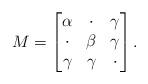
LaTeX: \begin{align*}M = \left[ \begin{matrix}\alpha & \cdot & \gamma \\\cdot & \beta & \gamma \\\gamma & \gamma & \cdot\end{matrix} \right]. \end{align*}